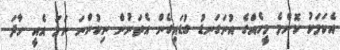
އެކަމަކު ކޮންމެ މީހެއްގެ އުނަގަނޑު ގުޑައިގެން އެތަނުން ނިކުންނަ ނަމަ އެއީ ހާދަ